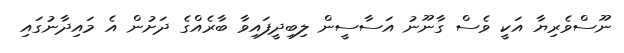
ނޫސްވެރިޔާ އަކީ ވެސް ގާނޫނު އަސާސީން ލިބިދީފައިވާ ބާރެއްގެ ދަށުން އެ މައިދާނުގައި